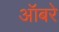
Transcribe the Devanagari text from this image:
ऑबरे